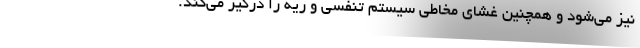
نیز می‌شود و همچنین غشای مخاطی سیستم تنفسی و ریه را درگیر می‌کند.